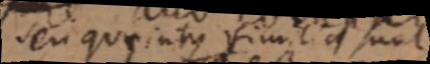
seu quae intque similia sunt